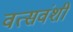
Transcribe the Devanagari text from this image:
वत्सवंशी